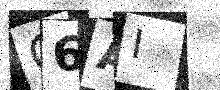
Text: O6AI